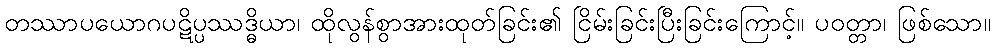
တဿာပယောဂပဋိပ္ပဿဒ္ဓိယာ၊ ထိုလွန်စွာအားထုတ်ခြင်း၏ ငြိမ်းခြင်းပြီးခြင်းကြောင့်။ ပဝတ္တာ၊ ဖြစ်သော။